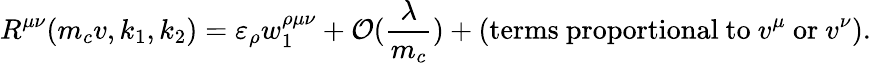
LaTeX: R^{\mu\nu}(m_{c}v,k_{1},k_{2})=\varepsilon_{\rho}w_{1}^{\rho\mu\nu}+{\cal O}(\frac{\lambda}{m_{c}})+(\mathrm{terms\ proportional\ to\ }v^{\mu}\ \mathrm{or}\ v^{\nu}).